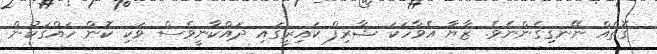
ގޮތެއް ނޭނގިގެންނެވެ. ޒާޔާ އެވާހަކަ ޝާރިފް ކައިރީގައި ދައްކާނީވެސް ވަކި ކޮން ހައްޤަކުން